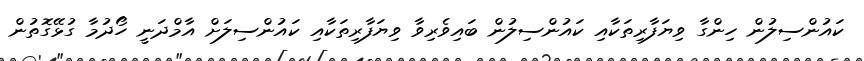
ކައުންސިލުން ހިންގާ ވިޔަފާރިތަކާއި ކައުންސިލުން ބައިވެރިވާ ވިޔަފާރިތަކާއި ކައުންސިލަށް އާމްދަނީ ހޯދުމާ ގުޅޭގޮތުން